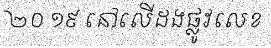
២០ ១៩ នៅលើដងផ្លូវលេខ